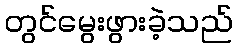
တွင်မွေးဖွားခဲ့သည်